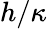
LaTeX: h/\kappa